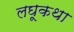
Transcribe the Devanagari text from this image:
लघूकथा